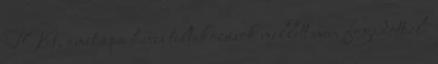
TV-t, amit apa heves tiltakozások mellett nem fogadott el.